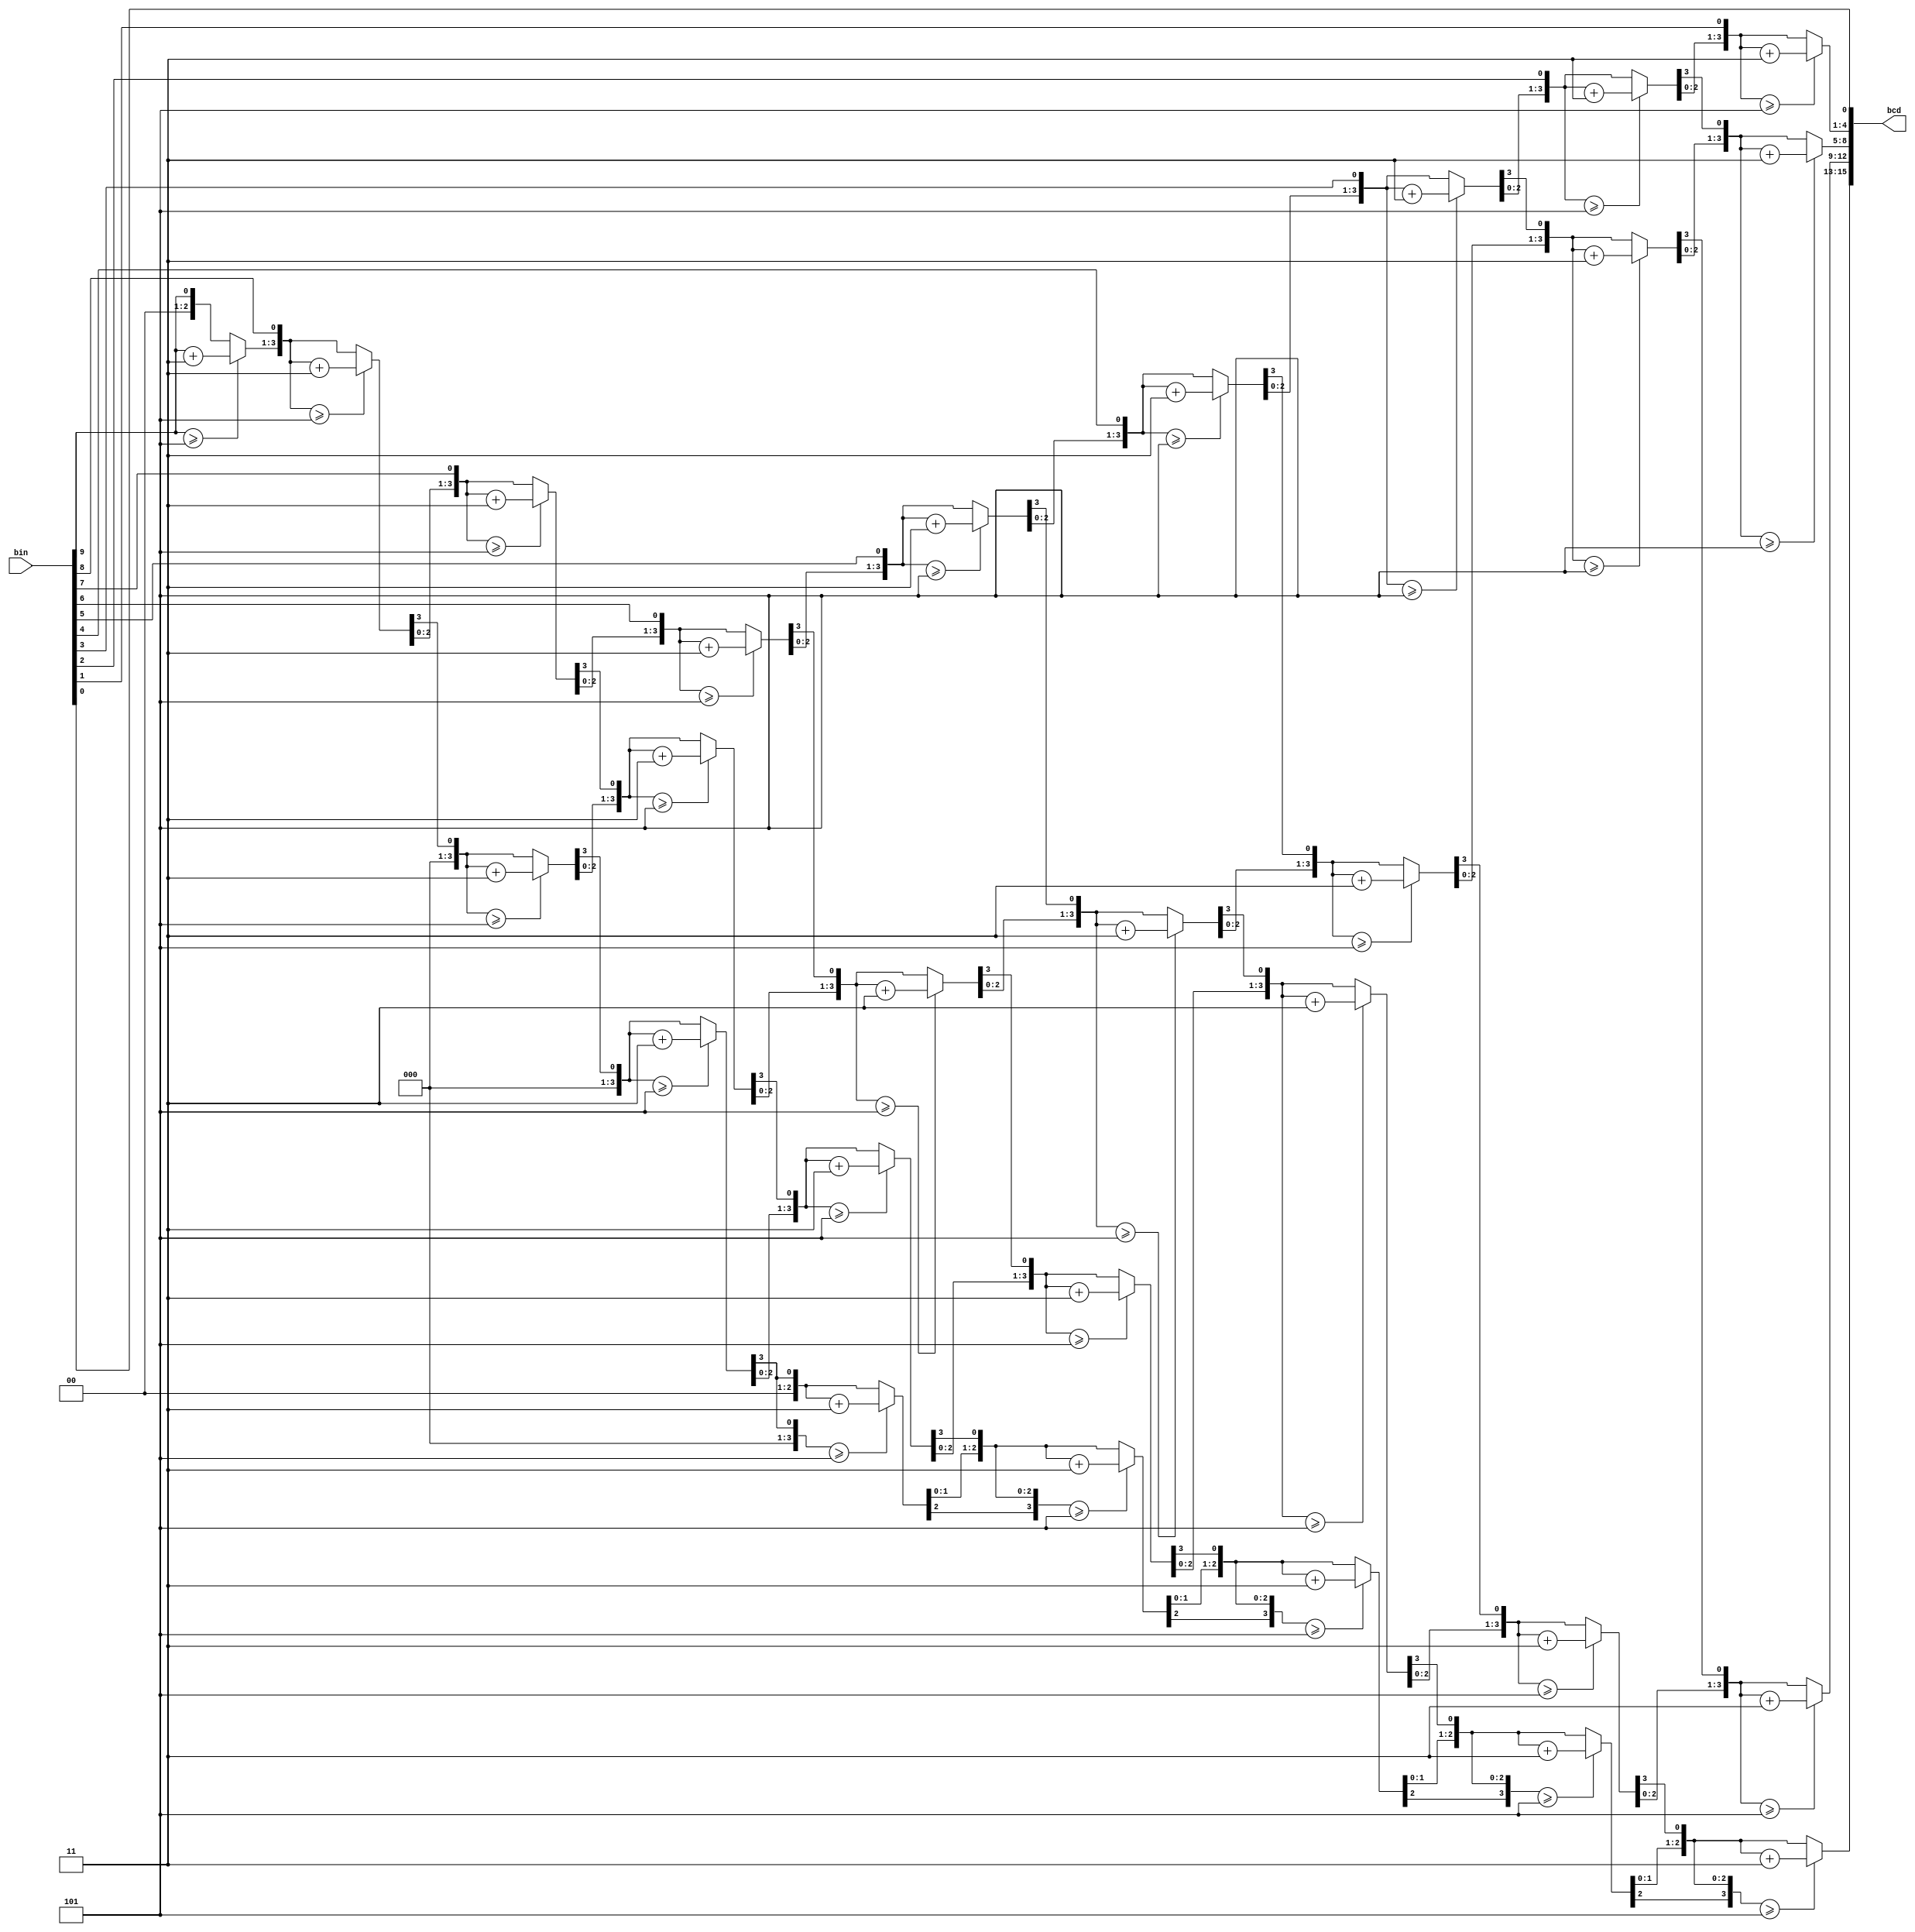
module bin2bcd 
#(  parameter IN_WIDTH = 10,
              DIGITS   = 4
)
(
 input [IN_WIDTH - 1:0]      bin,
 output reg [DIGITS*4 - 1:0] bcd
);

integer i, j;
//BIN to BCD
always@*
begin
  bcd = 0;
  for (i=IN_WIDTH-1; i>=0; i=i-1) 
  begin  
    for (j=DIGITS-1; j >= 0; j = j - 1)
      if (bcd[4*j +: 4] >= 5) 
        bcd[4*j +: 4] = bcd[4*j +: 4] + 3;
    bcd = bcd << 1;
    bcd[0] = bin[i];
  end
end

endmodule